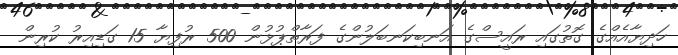
ހަދިޔާއެއްގެ ގޮތުގައި ރައީސްގެ އަނބިކަނބަލުންގެ ފަރާތްޕުޅުން 500 ރުފިޔާ 15 ގަޑިއިރު ކުރިން